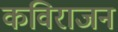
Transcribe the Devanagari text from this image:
कविराजन